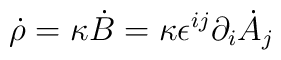
\dot{\rho}=\kappa \dot{B}=\kappa\epsilon^{ij}\partial_i \dot{A}_j